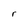
Character: r